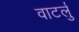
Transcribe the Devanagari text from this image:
वाटर्लु